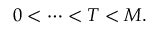
0 < \cdots < T < M .